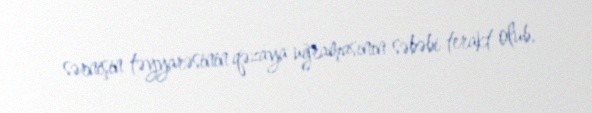
sərnişin təyyarəsinin qəzaya uğramasının səbəbi terakt olub.